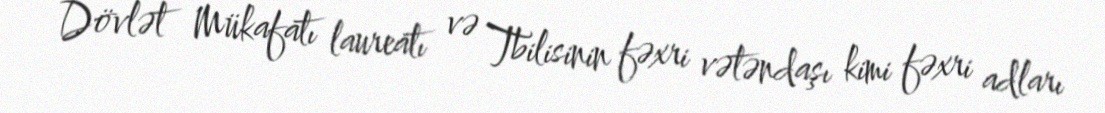
Dövlət Mükafatı laureatı və Tbilisinin fəxri vətəndaşı kimi fəxri adları